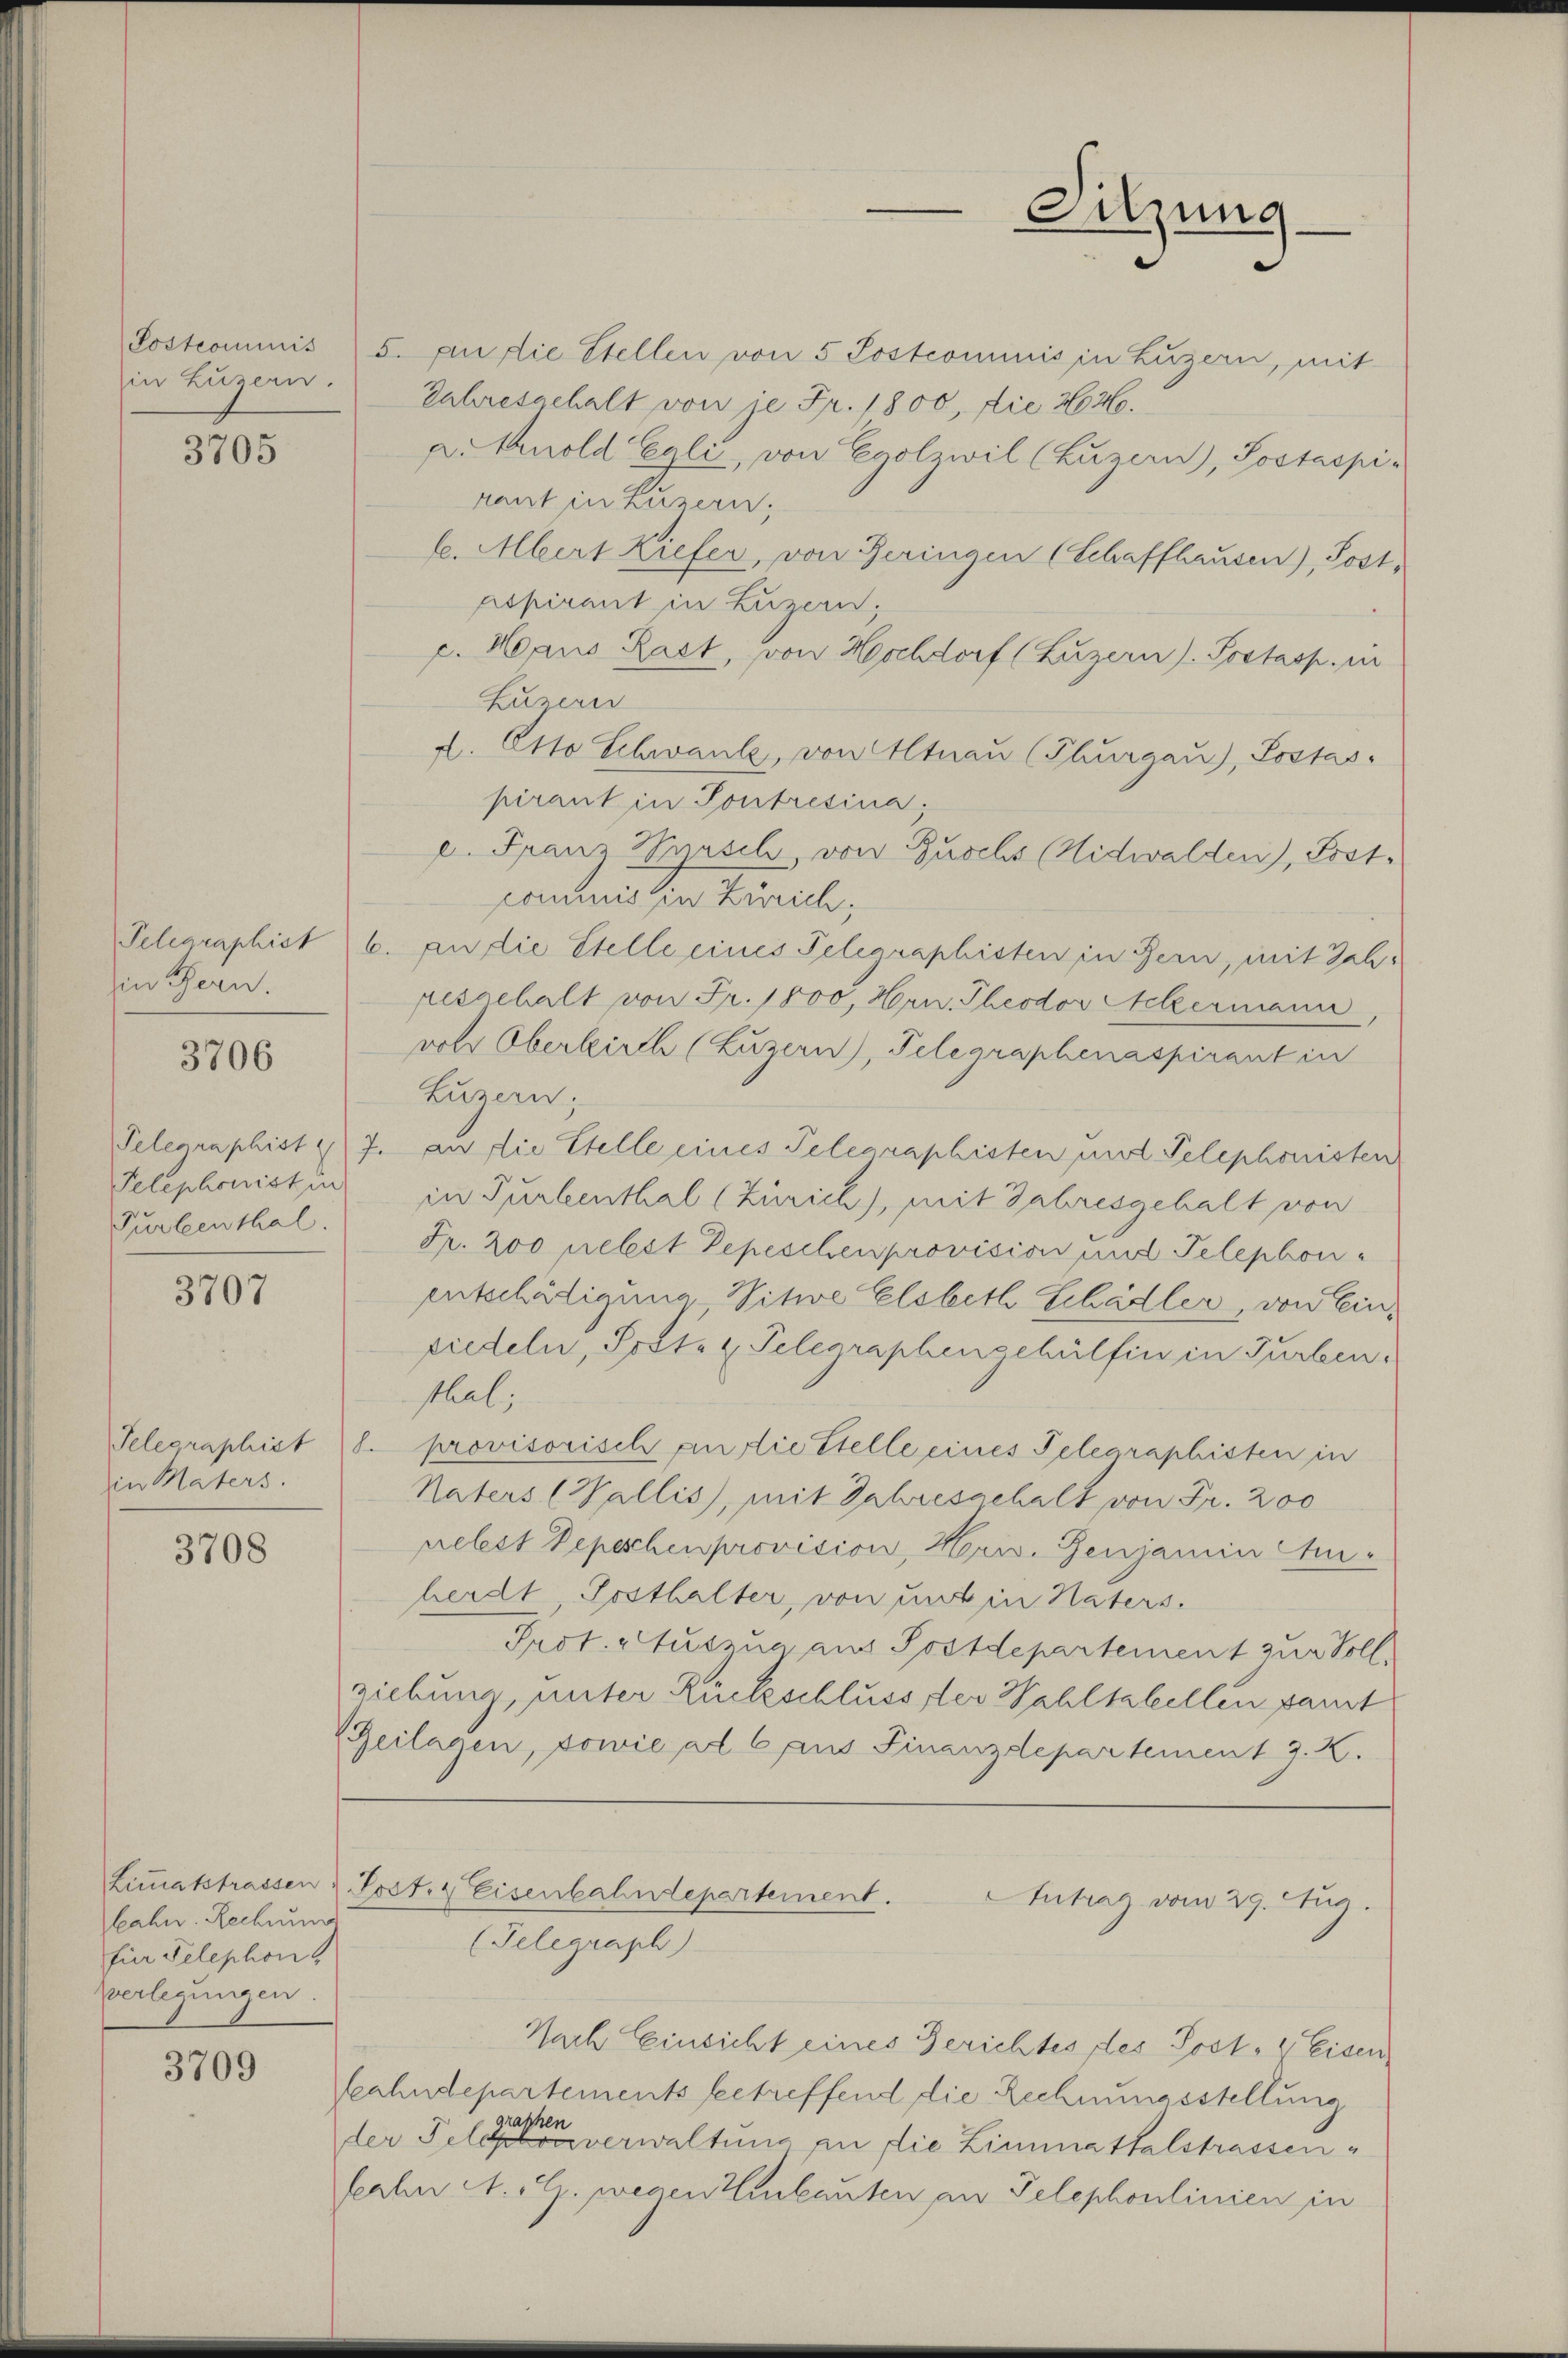
Postcommis
in Luzern.

3705

in Gern.

3706

Turbenthal.

3707

in Maters.

3708

Cahn. Rechnung
für Telephon
Vverlegungen.

3709

Sitzung

5. an die Stellen von 5 Postcommis in Luzern, mit
Jahresgehalt von je Fr. 1800, die 264.
a. Knold Egli, von Egolzwil (Luzern), Postaspiraut in Luzern,
l. Abert Kiefer, von Geringen (Schaffhausen), Post,
Aspirant in Luzern,
c. Haus Rast, von Hochdorf (Luzern) Postasp. in
Luzern
L. Otto Schwanke, von Altnau (Thurgau), Sostas.
pirant in Pontresina,
c. Franz Syrsili, von Zuschs (Nidwalden), Postcommis in Zürich,
Pelcaraphist 6. an die Stelle eines Telegraphisten in Bern, mit Jahr
resgehalt von Fr. 1800, Hrn. Theodor Ackermann,
ver Oberkirch (Luzern), Telegraphenaspirant in
Luzern,
Telegraphist 27. an die Stelle eines Telegraphisten und Telephonisten
Telephonistin in Turbenthal (Zürich), mit Jahresgehalt von
Fr. 200 nebst Depeschenprovision und Telephon-
entschädigung - Witwe Elsbeth Schädler, von Einsiedeln, Sost- & Pelegraphengehülfen in Turben.
thal;
Telegraphist 8. provisorisch an die Stelle eines Telegraphisten in
Naters (Wallis, mit Jahresgehalt von Fr. 200
nelest Depeschenprovision, Hriv. Genjamin Cu-
herdt, Posthalter, von mit in Naters.
Prot. Auszug aus Postdepartement zur Soll
ziebung, unter Rückschluss der Wahlkabellen part
Beilagen, sowie al 6 aus Finanzdepartement J. K.

Nach Einsicht eines Gerichtes des Jost. Eisen
feahndepartements betreffend die Rechnungsstellung
graphen
der Felconverwaltung an die Limmatthalstrassen,
ferln A. G. wegen Einlauten an Telephonlinien in

Limmatstrassen u. Post. & Eisenbahndepartement.
Antrag vom 29. Aug.
(Telegraph)